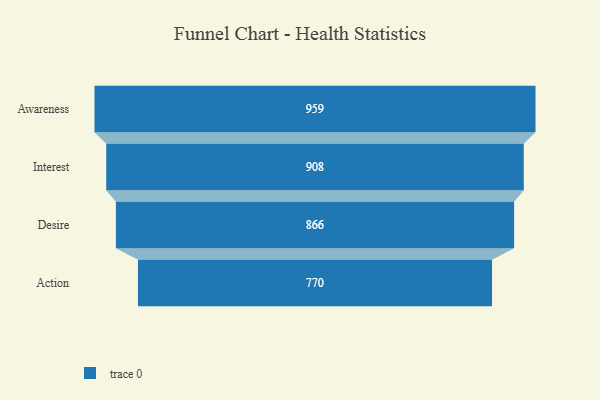
{"axis": {"x": "Stage", "y": "Value"}, "legend": [""], "data": [{"x": "Awareness", "y": 959.0, "type": ""}, {"x": "Interest", "y": 908.0, "type": ""}, {"x": "Desire", "y": 866.0, "type": ""}, {"x": "Action", "y": 770.0, "type": ""}]}